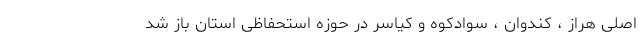
اصلی هراز ، کندوان ، سوادکوه و کیاسر در حوزه استحفاظی استان باز شد